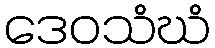
ဒေဝသံဃံ